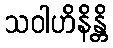
သဝါဟိနိန္တိ